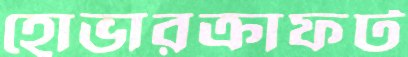
হোভারক্রাফট